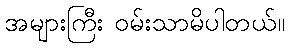
အများကြီး ဝမ်းသာမိပါတယ်။